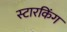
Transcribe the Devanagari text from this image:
स्‍टारकिंग